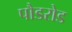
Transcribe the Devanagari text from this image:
पौडरोड